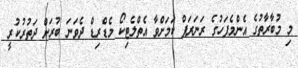
މި މުބާރާތުގެ އެންމެފަހުގެ ރަނަރަޕް ކަމަށްވާ އެތްލެޓިކޯ މެޑްރިޑް ދެވަނަ ބުރަށް ދަތުރުކުރީ